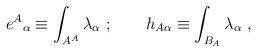
LaTeX: \begin{align*}{e^A}_\alpha \equiv \int_{A^A}\lambda_\alpha \ ;\qquad h_{A\alpha } \equiv\int_{B_A}\lambda_\alpha\ ,\end{align*}